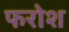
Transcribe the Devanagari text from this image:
फरोश